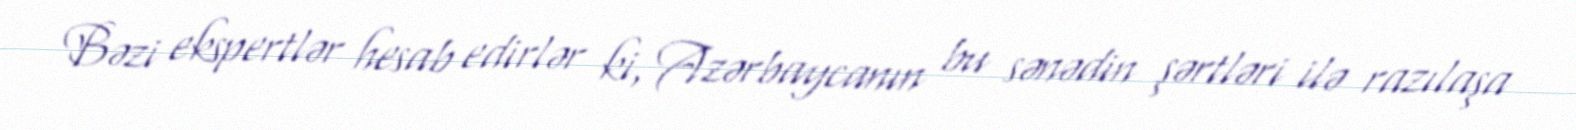
Bəzi ekspertlər hesab edirlər ki, Azərbaycanın bu sənədin şərtləri ilə razılaşa